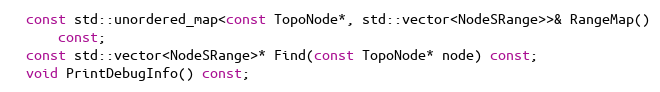
Language: C
  const std::unordered_map<const TopoNode*, std::vector<NodeSRange>>& RangeMap()
      const;
  const std::vector<NodeSRange>* Find(const TopoNode* node) const;
  void PrintDebugInfo() const;